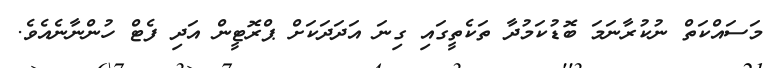
މަސައްކަތް ނުކުރާނަމަ ބޮޑުކަމުދާ ތަކެތީގައި ގިނަ އަދަދަކަށް ޕްރޮޓީން އަދި ފެޓް ހުންނާނެއެވެ.